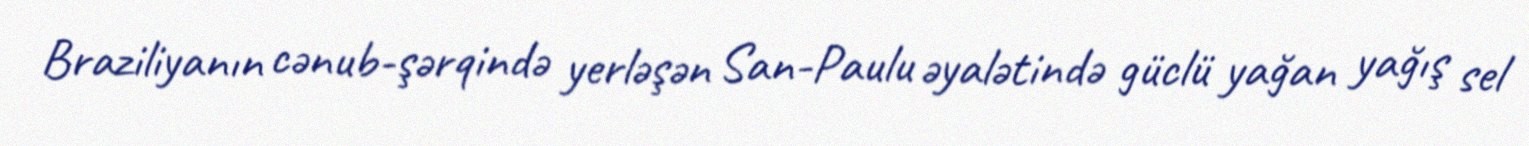
Braziliyanın cənub-şərqində yerləşən San-Paulu əyalətində güclü yağan yağış sel